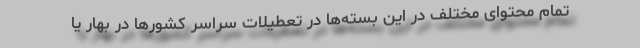
تمام محتوای مختلف در این بسته‌ها در تعطیلات سراسر کشورها در بهار یا